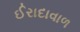
ઈરાદાવાળ